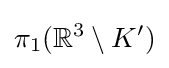
\pi _{1}(\mathbb {R} ^{3}\setminus K')